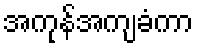
အကုန်အကျခံကာ